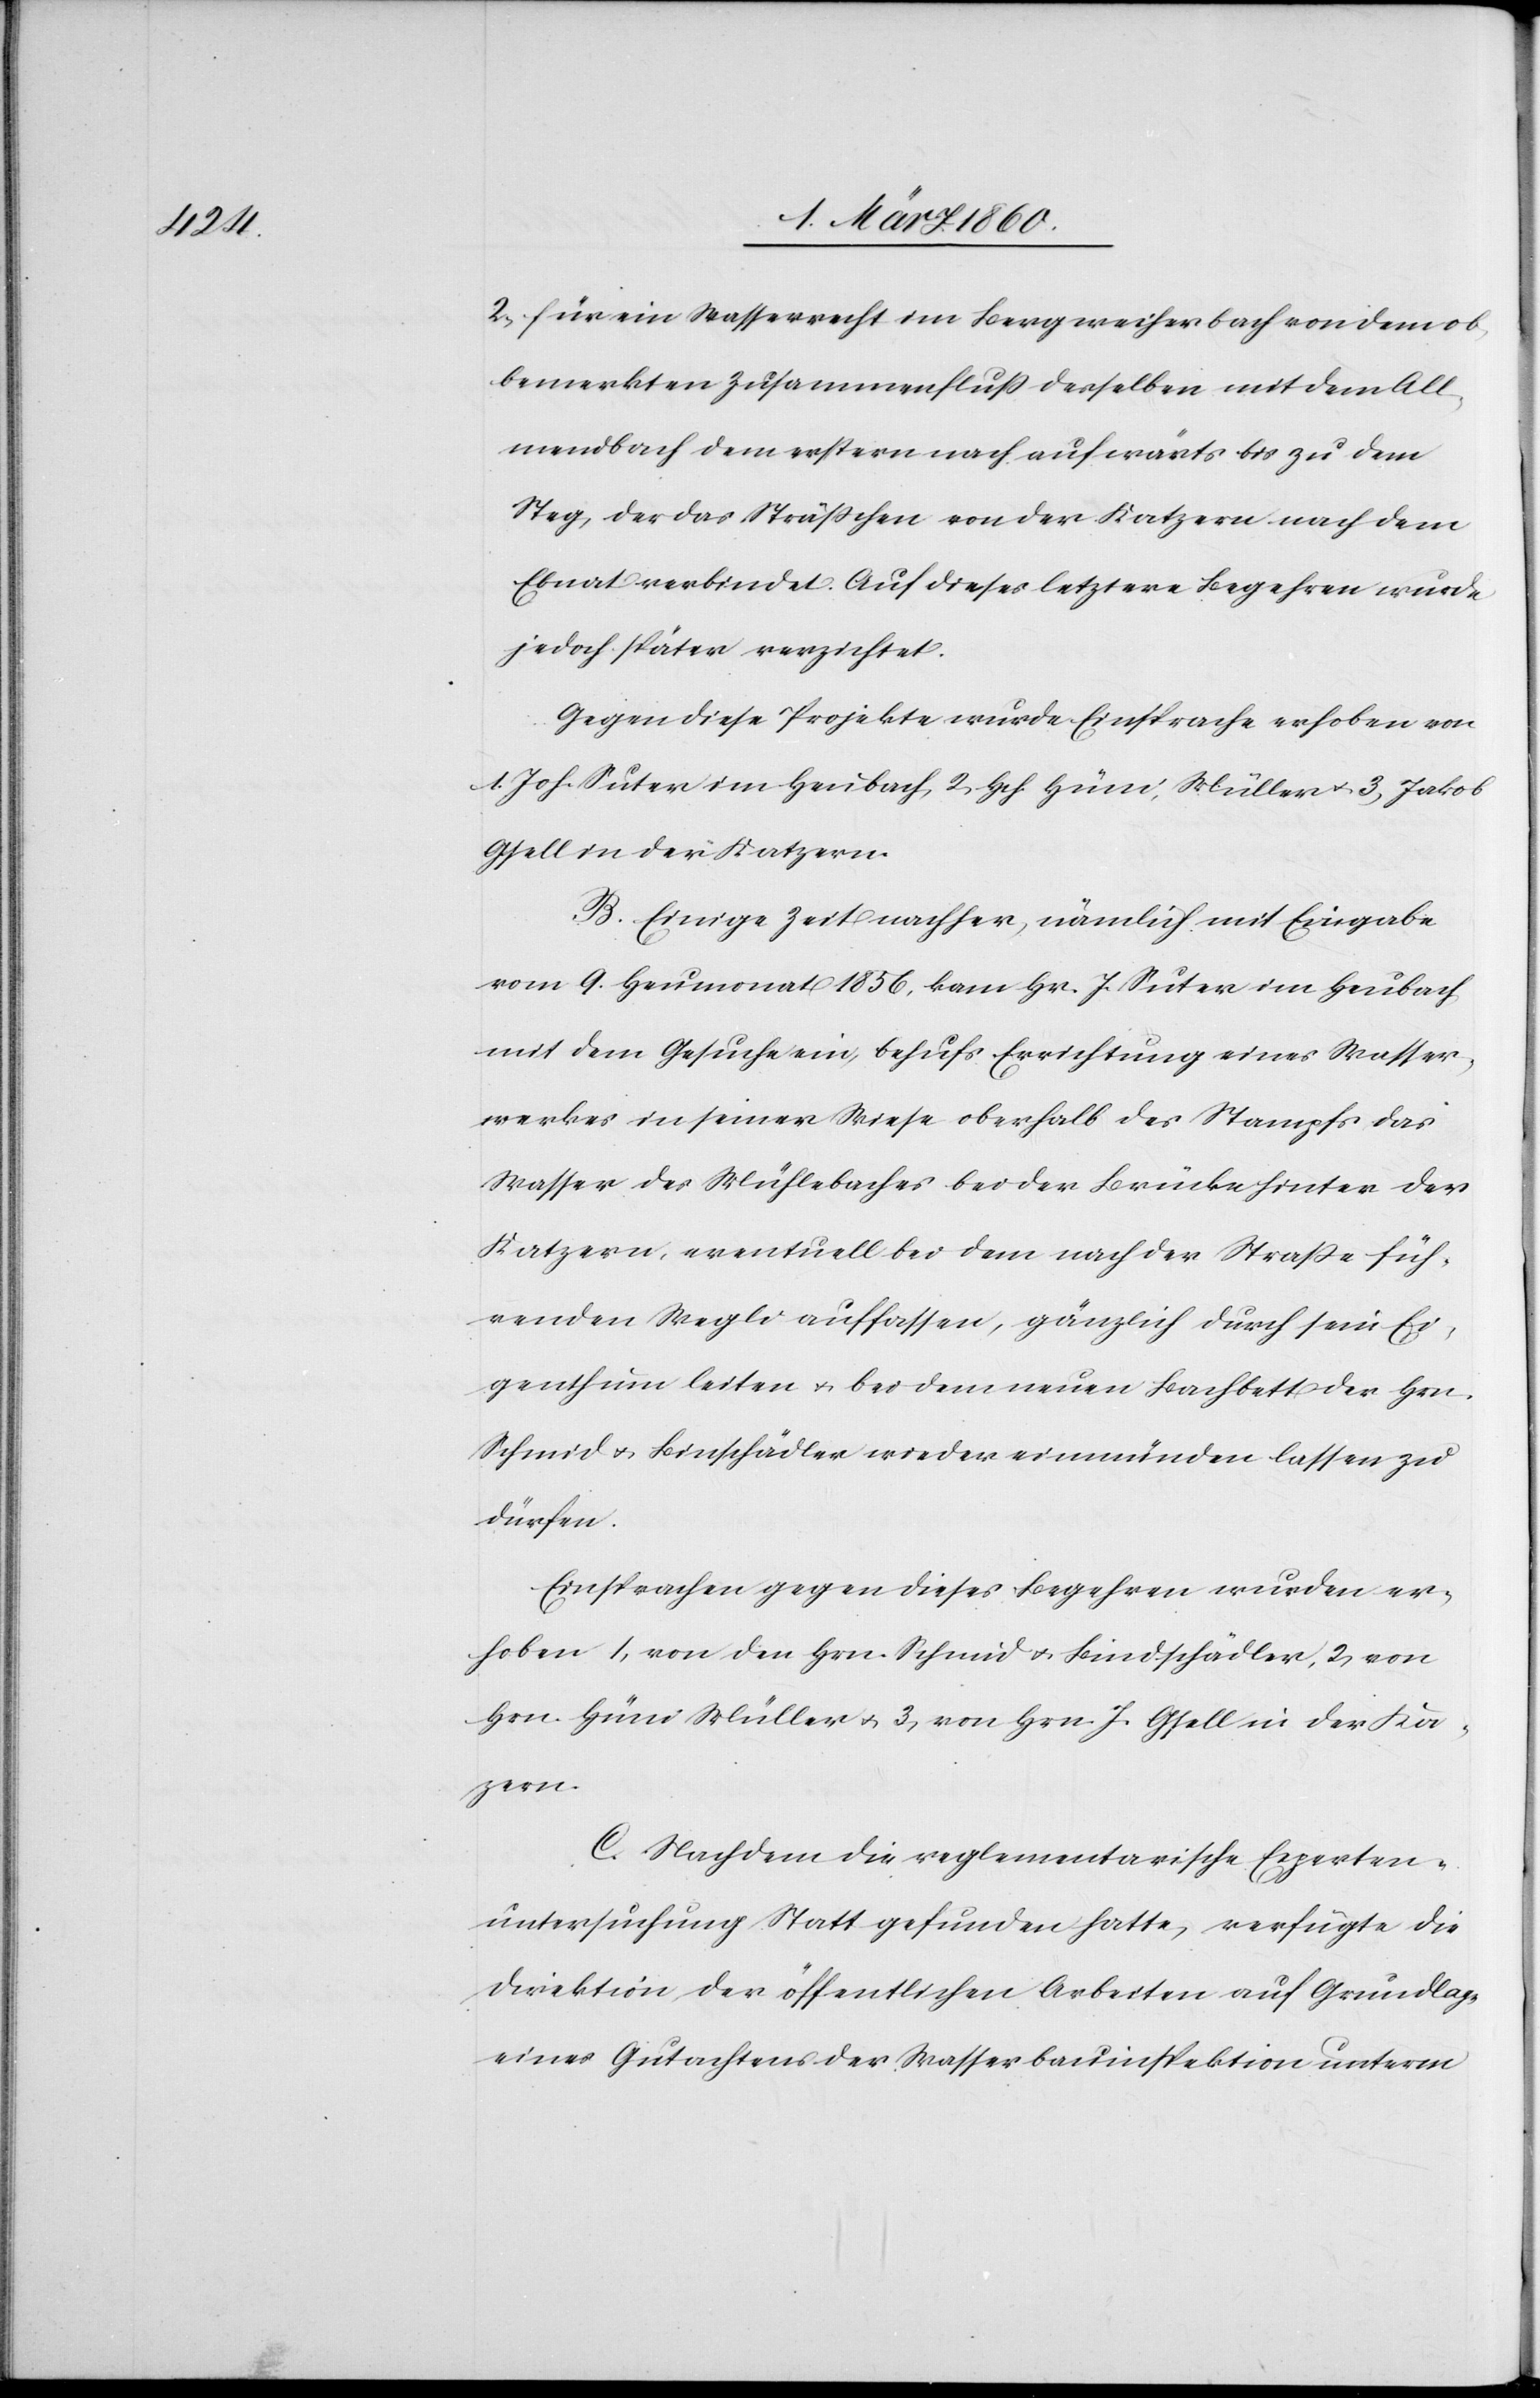
2. für ein Wasserrecht im Bergweiherbach von dem ob¬
bemerkten Zusammenfluss derselben mit dem All¬
mendbach dem erstern nach aufwärts bis zu dem
Steg, der das Strässchen von der Katzern nach dem
Ebnat verbindet, auf dieses letztere Begehren wurde
jedoch später verzichtet.
Gegen diese Projekte wurde Einsprache erhoben von
1. Joh. Suter im Heuibach, 2. Hch. Hüni, Müller u. 3. Jakob
Gsell in der Katzern.
B. Einige Zeit nachher, nämlich mit Eingabe
vom 9. Heumonat 1856, kam Hr. J. Suter im Heubach
mit dem Gesuche ein, behufs Errichtung eines Wasser¬
werkes in seiner Wiese oberhalb des Stampfs das
Wasser des Mühlebaches bei der Brücke hinter der
Katzern, eventuell bei dem nach der Strasse füh¬
renden Wegli auffassen, gänzlich durch sein Ei¬
genthum leiten u. bei dem neuen Bachbeet der Hrn.
Schmid u. Bindschädler wieder einmünden lassen zu
dürfen.
Einsprachen gegen dieses Begehren wurden er¬
hoben 1. von den Hrn. Schmid u. Bindschädler, 2. von
Hrn. Hüni Müller u. 3. von Hrn. J. Gfell der Kä¬
zern.
C. Nachdem die reglementarische Experten¬
untersuchung Statt gefunden hatte, verfügte die
Direktion der öffentlichen Arbeiten auf Grundlage
eines Gutachtens der Wasserbauinspektion unterm